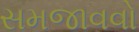
સમજાવવો